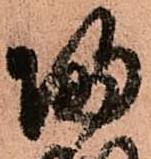
帰